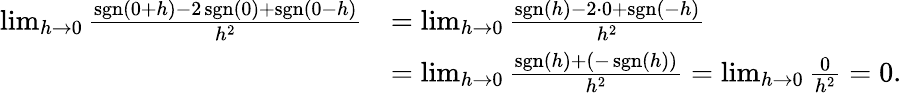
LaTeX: {\begin{array}{rl}{\operatorname*{lim}_{h\to 0}{\frac{\operatorname{sgn}(0+h)-2\operatorname{sgn}(0)+\operatorname{sgn}(0-h)}{h^{2}}}}&{=\operatorname*{lim}_{h\to 0}{\frac{\operatorname{sgn}(h)-2\cdot 0+\operatorname{sgn}(-h)}{h^{2}}}}\\ &{=\operatorname*{lim}_{h\to 0}{\frac{\operatorname{sgn}(h)+(-\operatorname{sgn}(h))}{h^{2}}}=\operatorname*{lim}_{h\to 0}{\frac{0}{h^{2}}}=0.}\end{array}}